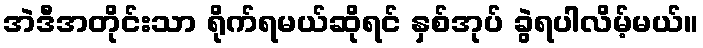
အဲဒီအတိုင်းသာ ရိုက်ရမယ်ဆိုရင် နှစ်အုပ် ခွဲရပါလိမ့်မယ်။